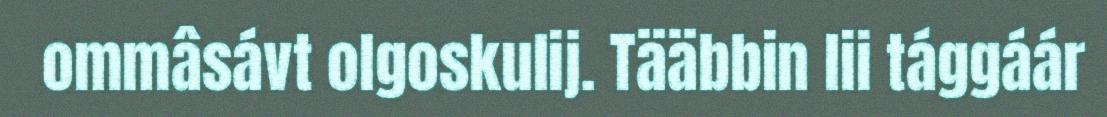
ommâsávt olgoskulij. Tääbbin lii tággáár